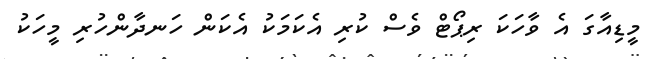
މީޑިއާގަ އެ ވާހަކަ ރިޕޯޓް ވެސް ކުރި އެކަމަކު އެކަން ހަނދާންހުރި މީހަކު